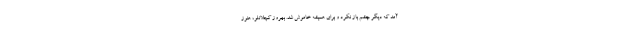
آمد كه ديگر چشم باز نكرد و براي هميشه خاموش شد. بهروز كچلانلو، هنوز